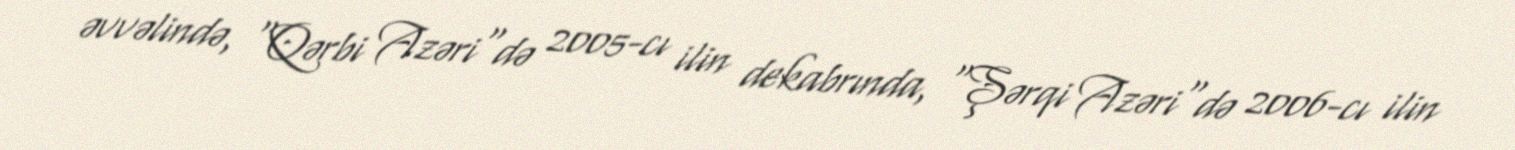
əvvəlində, "Qərbi Azəri"də 2005-cı ilin dekabrında, "Şərqi Azəri"də 2006-cı ilin